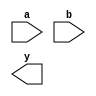
module xor_pass_gate(input a, input b, output y);

  wire a_n, b_n, y1, y2;

  not u1 (.a(a), .y(a_n));
  not u2 (.a(b), .y(b_n));

  nand n1 (.a(a), .b(b_n), .y(y1));
  nand n2 (.a(a_n), .b(b), .y(y2));

  or o1 (.a(y1), .b(y2), .y(y));

endmodule